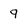
Character: 9